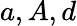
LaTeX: a,A,d